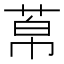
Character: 𦰬